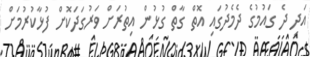
އަދި ދެ ގައުމުގެ ދެމެދުގައި އޮތް ގާތް ގުޅުން އިތުރަށް ވަރުގަދަކޮށް ފުޅާކުރުމަށް